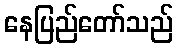
နေပြည်တော်သည်